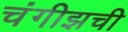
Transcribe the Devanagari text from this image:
चंगीझची